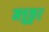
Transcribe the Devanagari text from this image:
मचुकुर